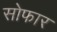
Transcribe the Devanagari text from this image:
सोफार